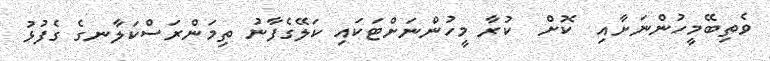
ވެތިބޭމީހުންނަށާއި  ކޮށް  ކުރާ މީހުންނަށްޓަކައި ކަލޭގެފާނު ތިމަންރަސްކަލާނގެ ގެފުޅު